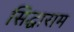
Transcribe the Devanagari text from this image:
सिद्धाराम